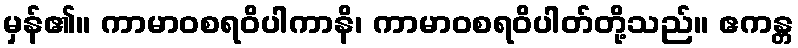
မှန်၏။ ကာမာဝစရဝိပါကာနိ၊ ကာမာဝစရဝိပါတ်တို့သည်။ ဧကန္တ